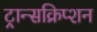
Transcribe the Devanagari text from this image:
ट्रान्सक्रिप्शन